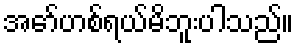
အော်ဟစ်ရယ်မိဘူးပါသည်။